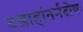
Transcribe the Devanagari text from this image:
दशाहांतर्नदोषः